system: You are a helpful assistant.
user:
Analyze the provided spectrum to determine if it is a **M-type Giant (gM)**.

A M-type Giant spectrum is defined by its **strong molecular absorption** features, particularly from **Titanium Oxide (TiO)**. You must check for one of the following mutually exclusive signatures:

- **Key Visual Indicators (Absorption-Dominated Spectrum):**

    - **(Primary):** The spectrum is dominated by strong molecular absorption from **Titanium Oxide (TiO)**. This is the **defining feature** of its M-type temperature class.
        - **(Key Bandheads):** Look for sharp, "saw-tooth" absorption valleys. The strongest are located near **~7050 Å**, **~6160 Å**, and **~5170 Å**.
        - **(Line Profile):** The "saw-tooth" morphology is critical: a **sharp, steep drop on the BLUE (short-wavelength) side** of the bandhead, followed by a gradual recovery (rising flux) towards the RED (long-wavelength) side.

    - **(Key Confirmation - Giant vs. Dwarf):** **ABSENCE** of strong **Calcium Hydride (CaH)** molecular bands. This is the primary diagnostic for *excluding* M-dwarfs.
        - **(Key Region):** The spectrum should lack the strong, broad absorption band seen in dwarfs between **~6800 Å and ~7000 Å**.

    - **(Secondary Confirmation - Giant):** A very strong and broad **Neutral Calcium (Ca I)** atomic absorption line.
        - **(Key Line):** Located at **~4226 Å**. In a giant (gM), this line is significantly deeper and broader than the same line in an M-dwarf (dM) due to low surface gravity.

    - **(Overall Spectrum):**
        - The continuum is **extremely red-sloping** (i.e., flux is very low in the blue and rises dramatically towards the red).
        - The entire spectrum appears "chopped up" by the deep TiO bands.

Think first, call **spectral_visualization_tool** if needed to examine features in detail, then provide your final answer. Your response must adhere to the following strict rules:
1.  **Overall Structure:** Your response must follow the format `<think>...</think> <tool_call>...</tool_call> (if a tool is used) <answer>...</answer>`.
2.  **Tool Usage Constraint:** You may only make **one** tool call per turn.
3.  **Final Answer Format:** In the `<answer>` tag, your conclusion must be inside a `\boxed{}` command (e.g., `\boxed{YES}` or `\boxed{NO}`), followed by your justification.

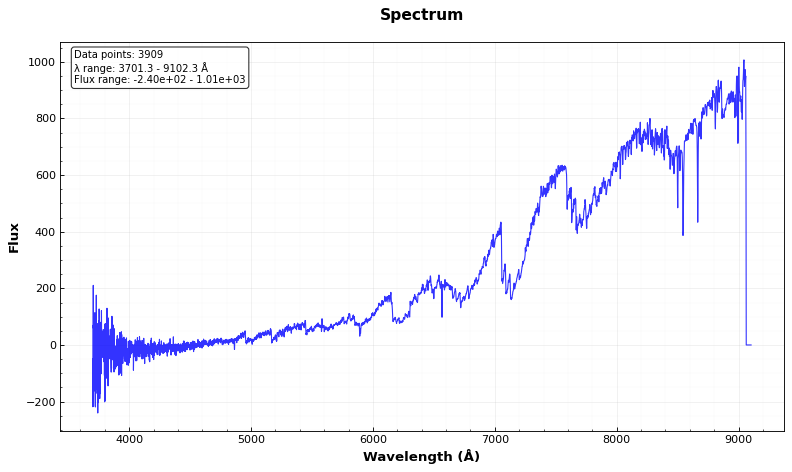
Answer: YES